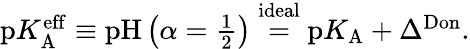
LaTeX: \begin{array}{r}{\mathrm{p}K_{\mathrm{A}}^{\mathrm{eff}}\equiv\mathrm{pH}\left(\alpha=\frac{1}{2}\right)\stackrel{\mathrm{ideal}}{=}\mathrm{p}K_{\mathrm{A}}+\Delta^{\mathrm{Don}}.}\end{array}